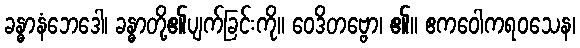
ခန္ဓာနံဘေဒေါ၊ ခန္ဓာတို့၏ပျက်ခြင်းကို။ ဝေဒိတဗ္ဗော၊ ၏။ ဧကဝေါကရဝသေန၊